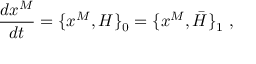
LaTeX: { \frac { d x ^ { M } } { d t } } = \{ x ^ { M } , H \} _ { 0 } = \{ x ^ { M } , \bar { H } \} _ { 1 } \ ,